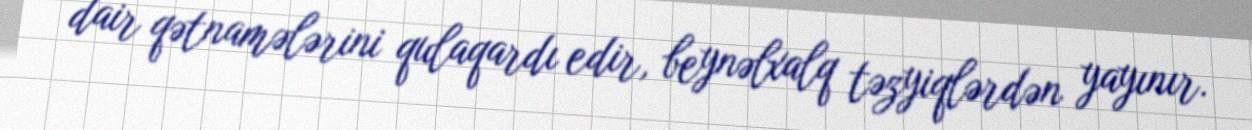
dair qətnamələrini qulaqardı edir, beynəlxalq təzyiqlərdən yayınır.